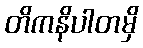
တိကနိပါတမှိ